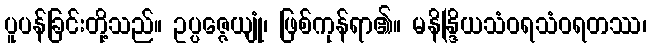
ပူပန်ခြင်းတို့သည်။ ဥပ္ပဇ္ဇေယျုံ၊ ဖြစ်ကုန်ရာ၏။ မနိန္ဒြိယသံဝရသံဝရတဿ၊